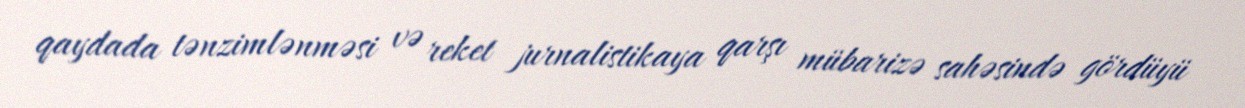
qaydada tənzimlənməsi və reket jurnalistikaya qarşı mübarizə sahəsində gördüyü